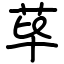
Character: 荜